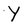
Character: Y